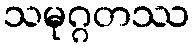
သမုဂ္ဂတဿ